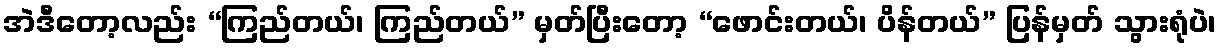
အဲဒီတော့လည်း “ကြည်တယ်၊ ကြည်တယ်” မှတ်ပြီးတော့ “ဖောင်းတယ်၊ ပိန်တယ်” ပြန်မှတ် သွားရုံပဲ၊